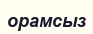
орамсыз